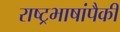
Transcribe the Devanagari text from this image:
राष्ट्रभाषांपैकी